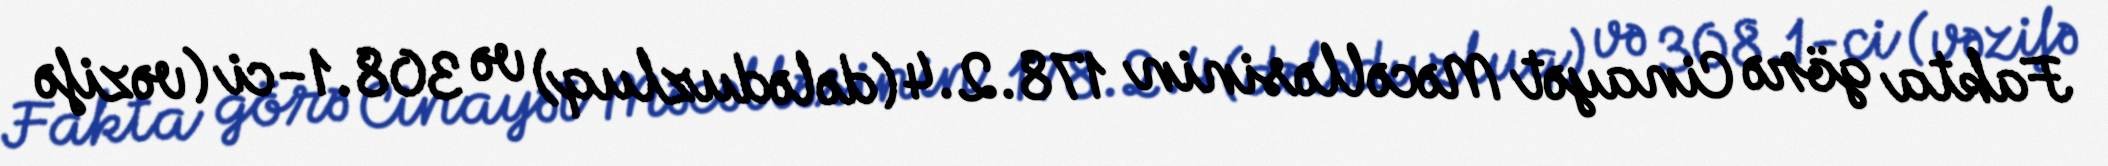
Fakta görə Cinayət Məcəlləsinin 178.2.4 (dələduzluq) və 308.1-ci (vəzifə